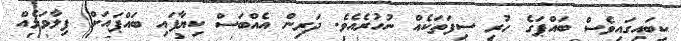
ކިބައިގައިވެސް ބައްޕަގެ ހުރި ސިފަތަކެއް ނުހުރެއެވެ. ދަރިން އެއްބަސް ކިޔާފައި ބައްޕައަށް ފިލާވަޅެއް